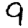
Digit: 9